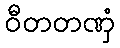
ဝီတတဏှံ